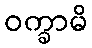
ဝက္ခာမိ